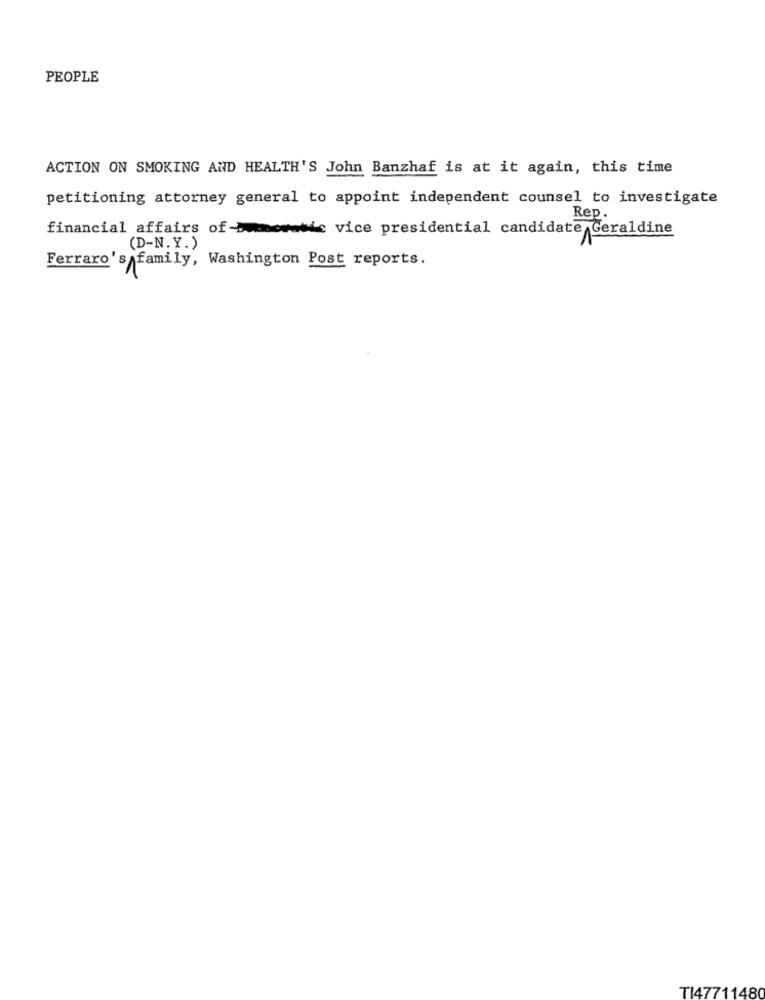
PEOPLE
ACTION ON SMOKING AND HEALTH'S John Banzhaf is at it again, this time
petitioning attorney general to appoint independent counsel to investigate
Rep.
financial affairs of->mois vice presidential candidate Geraldine
(D-N.Y.)
Ferraro's family, Washington Post reports.
TI47711480